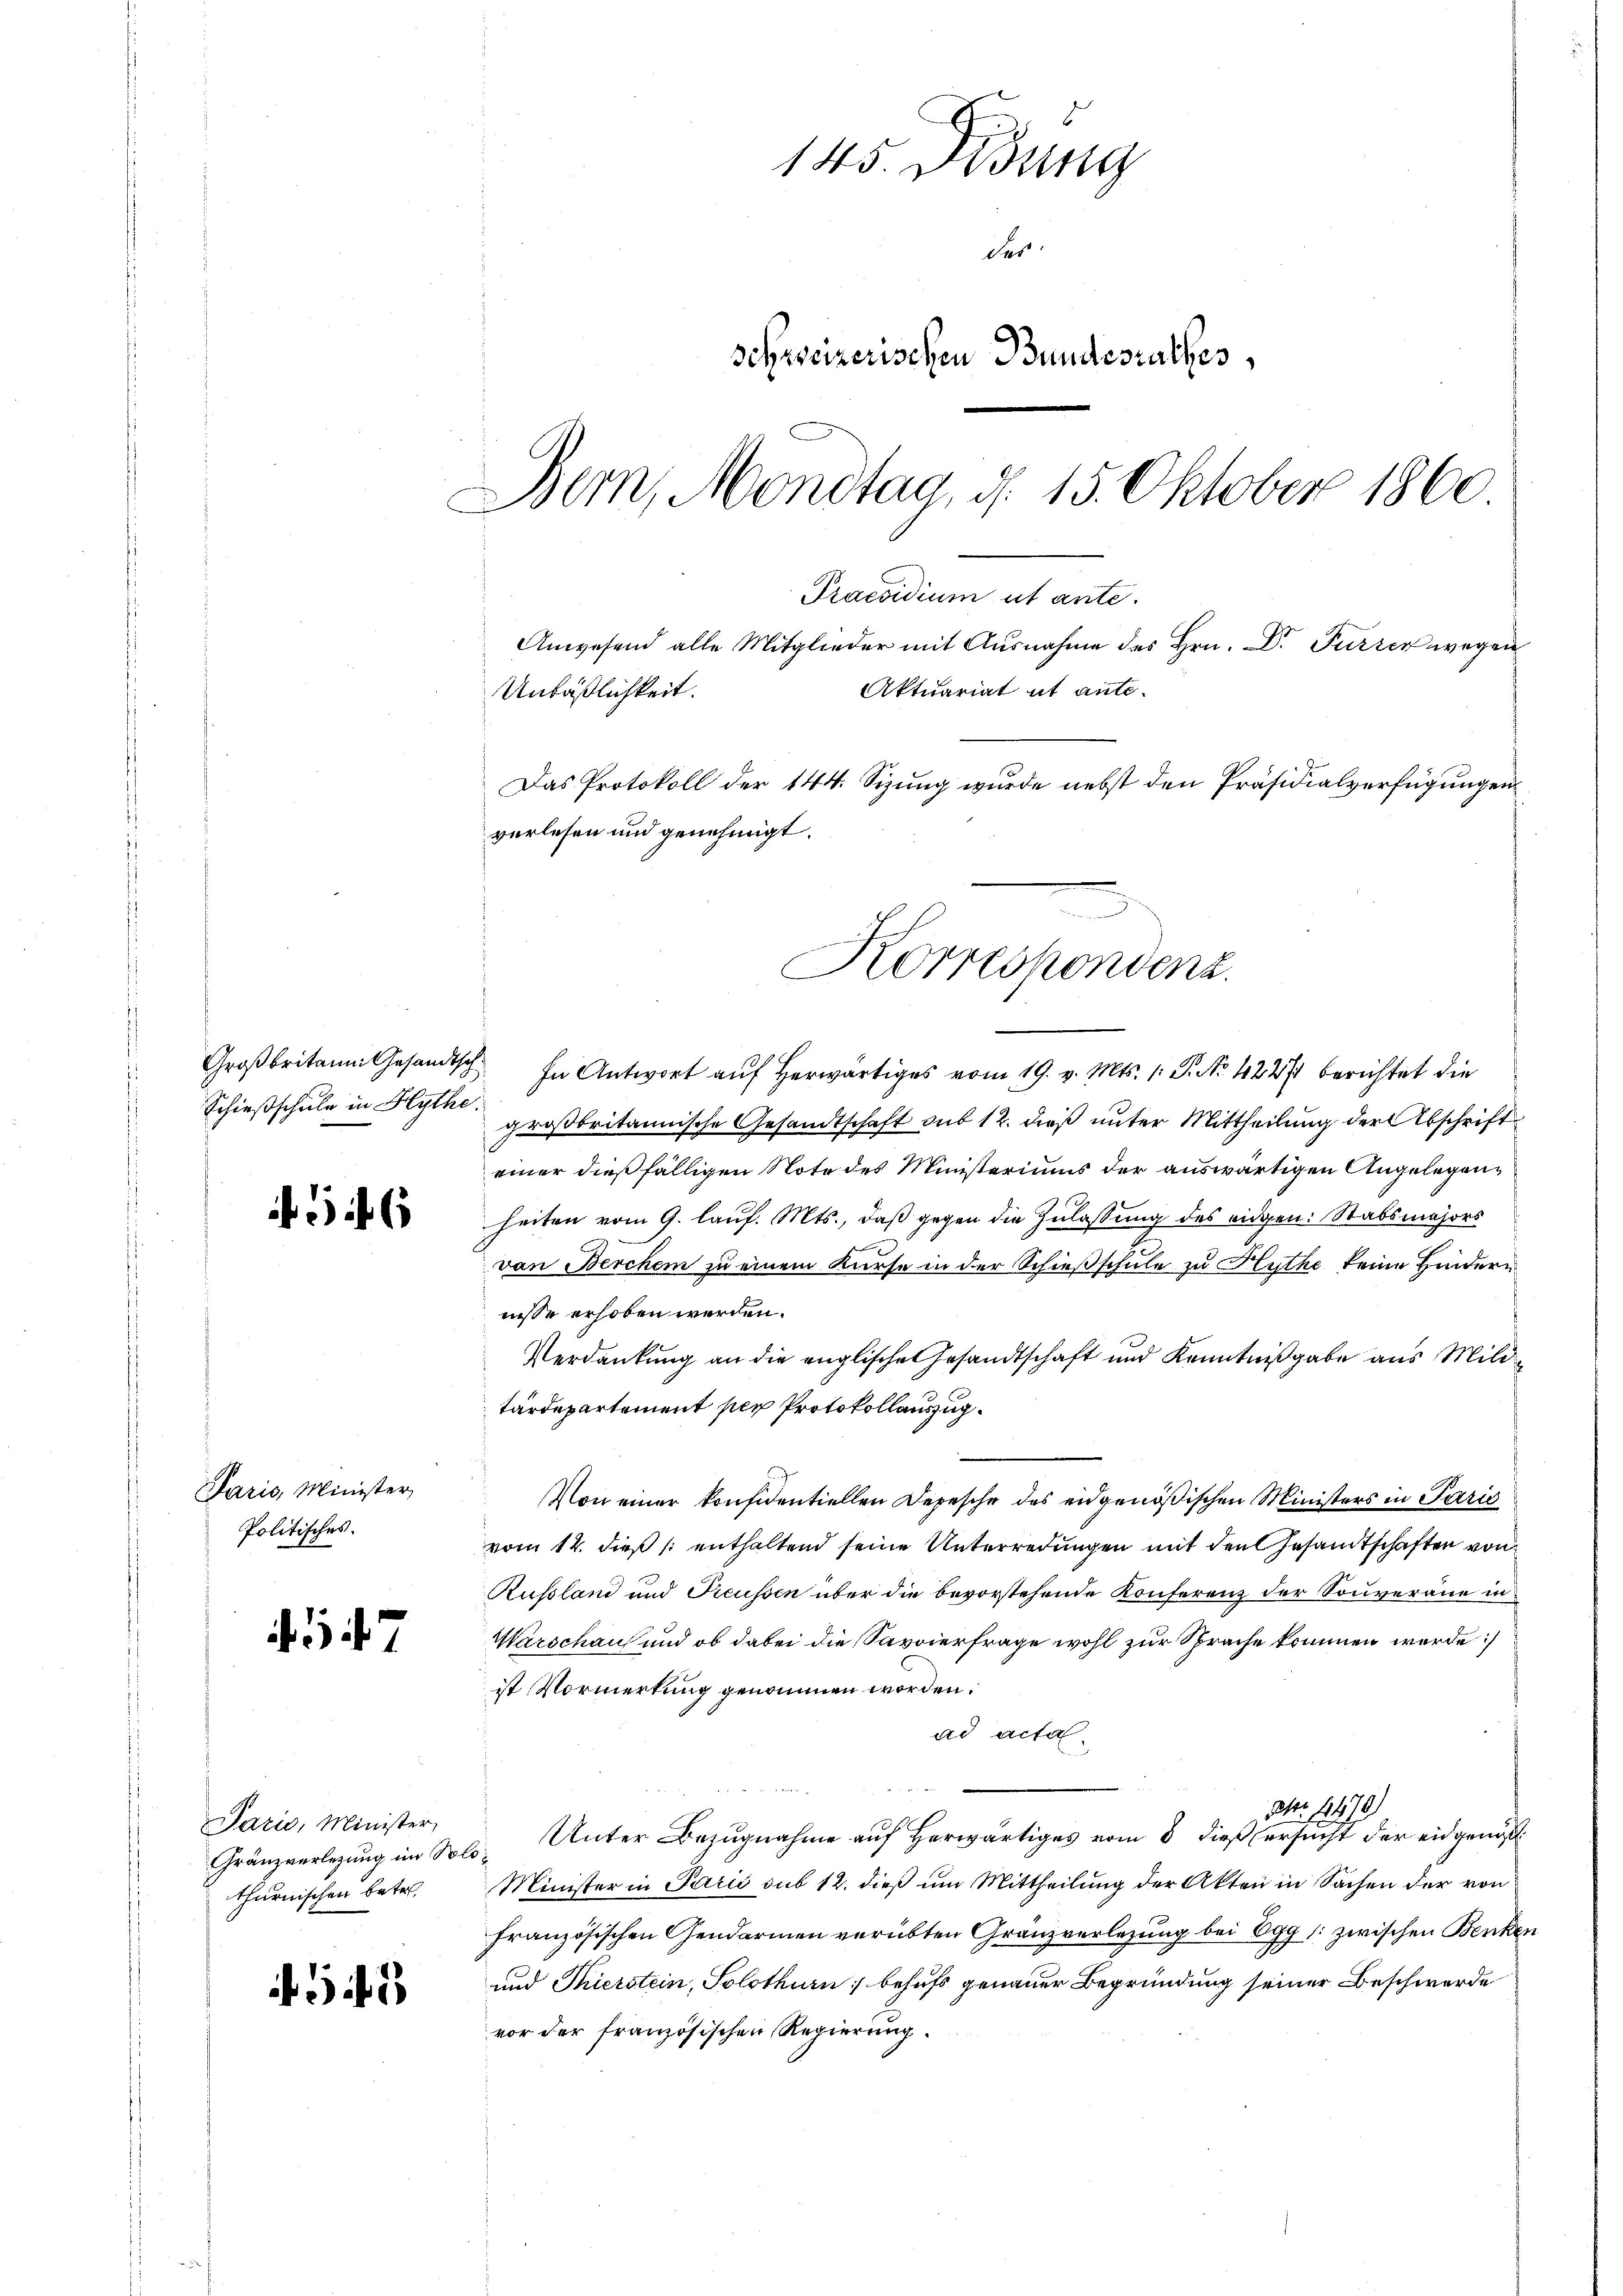
Schießschule in Hythe:

6

Paris, Minister,
Politisches.

47

Paris, Minister,
thurnischen betr.

1

145. Didung
des
schweizerischen Bundesrathes,
Bern, Mondtag, d. 15. Oktober 1860.
Praesidium et ante.
Anwesend alle Mitglieder mit Ausnahme des Hrn. Dr Furrer wegen
Aktuariat ut ante-
Untäßlichkeit.
Das Protokoll der 144. Sizung wurde nebst den Präsidialverfügungen
verlesen und genehmigt.

Groβbritanni Gesandtsch In Antwort aŭf herwärtiges vom 19. v. Mts. 1. P. No. 422/4 berichtet die
großbritannische Gesandtschaft sub 12. dieß unter Mittheilung der Abschrift
einer dießfälligen Note des Ministeriums der auswärtigen Angelegenheiten vom 9. lauf. Mts., daß gegen die Zulassung des eidgen: Stabsmajors
von Berchen zu einem Kurse in der Schießschule zu Hythe keine Hindern
nisse erhoben werden.
Verdankung an die englische Gesandtschaft und Kenntnißgabe aus Milde
tärdepartement per Protokollauszug.
Von einer konfidentiellen Depesche des eidgenößischen Ministers in Paris
vom 12. dieß (: enthaltend seine Unterredungen mit den Gesandtschaften von
Russland und Preussen über die bevorstehende Konferenz der Souveräne in
Warschaus und ob dabei die Savoierfrage wohl zur Sprache kommen werde:/
ist Vormerkung genommen worden.
ad acta

Nr. 11470)
Gränzerlegung im Solo- Unter Bezugnahme auf herwärtiges vom 8. dieß ersucht der eidgenöß
Minister in Paris sub 12. dieß um Mittheilung der Akten in Sachen der von
französischen Gendarmen verübten Gränzverlegung bei Egg /: zwischen Benken
und Thierstein, Solothurn behufs genauer Begründung seiner Beschwerde
vor der französischen Regierung.

.
Korrespondenz.